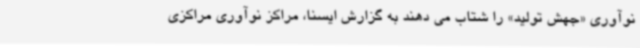
نوآوری «جهش تولید» را شتاب می دهند به گزارش ایسنا، مراکز نوآوری مراکزی